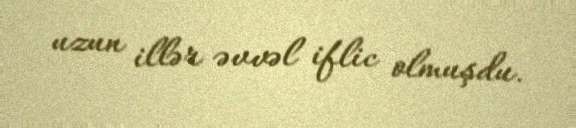
uzun illər əvvəl iflic olmuşdu.